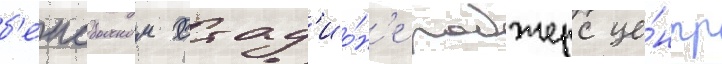
б'еисбольном стад'ио́н'е роджерс це́нтр